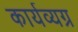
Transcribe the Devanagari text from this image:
कार्यव्यग्र